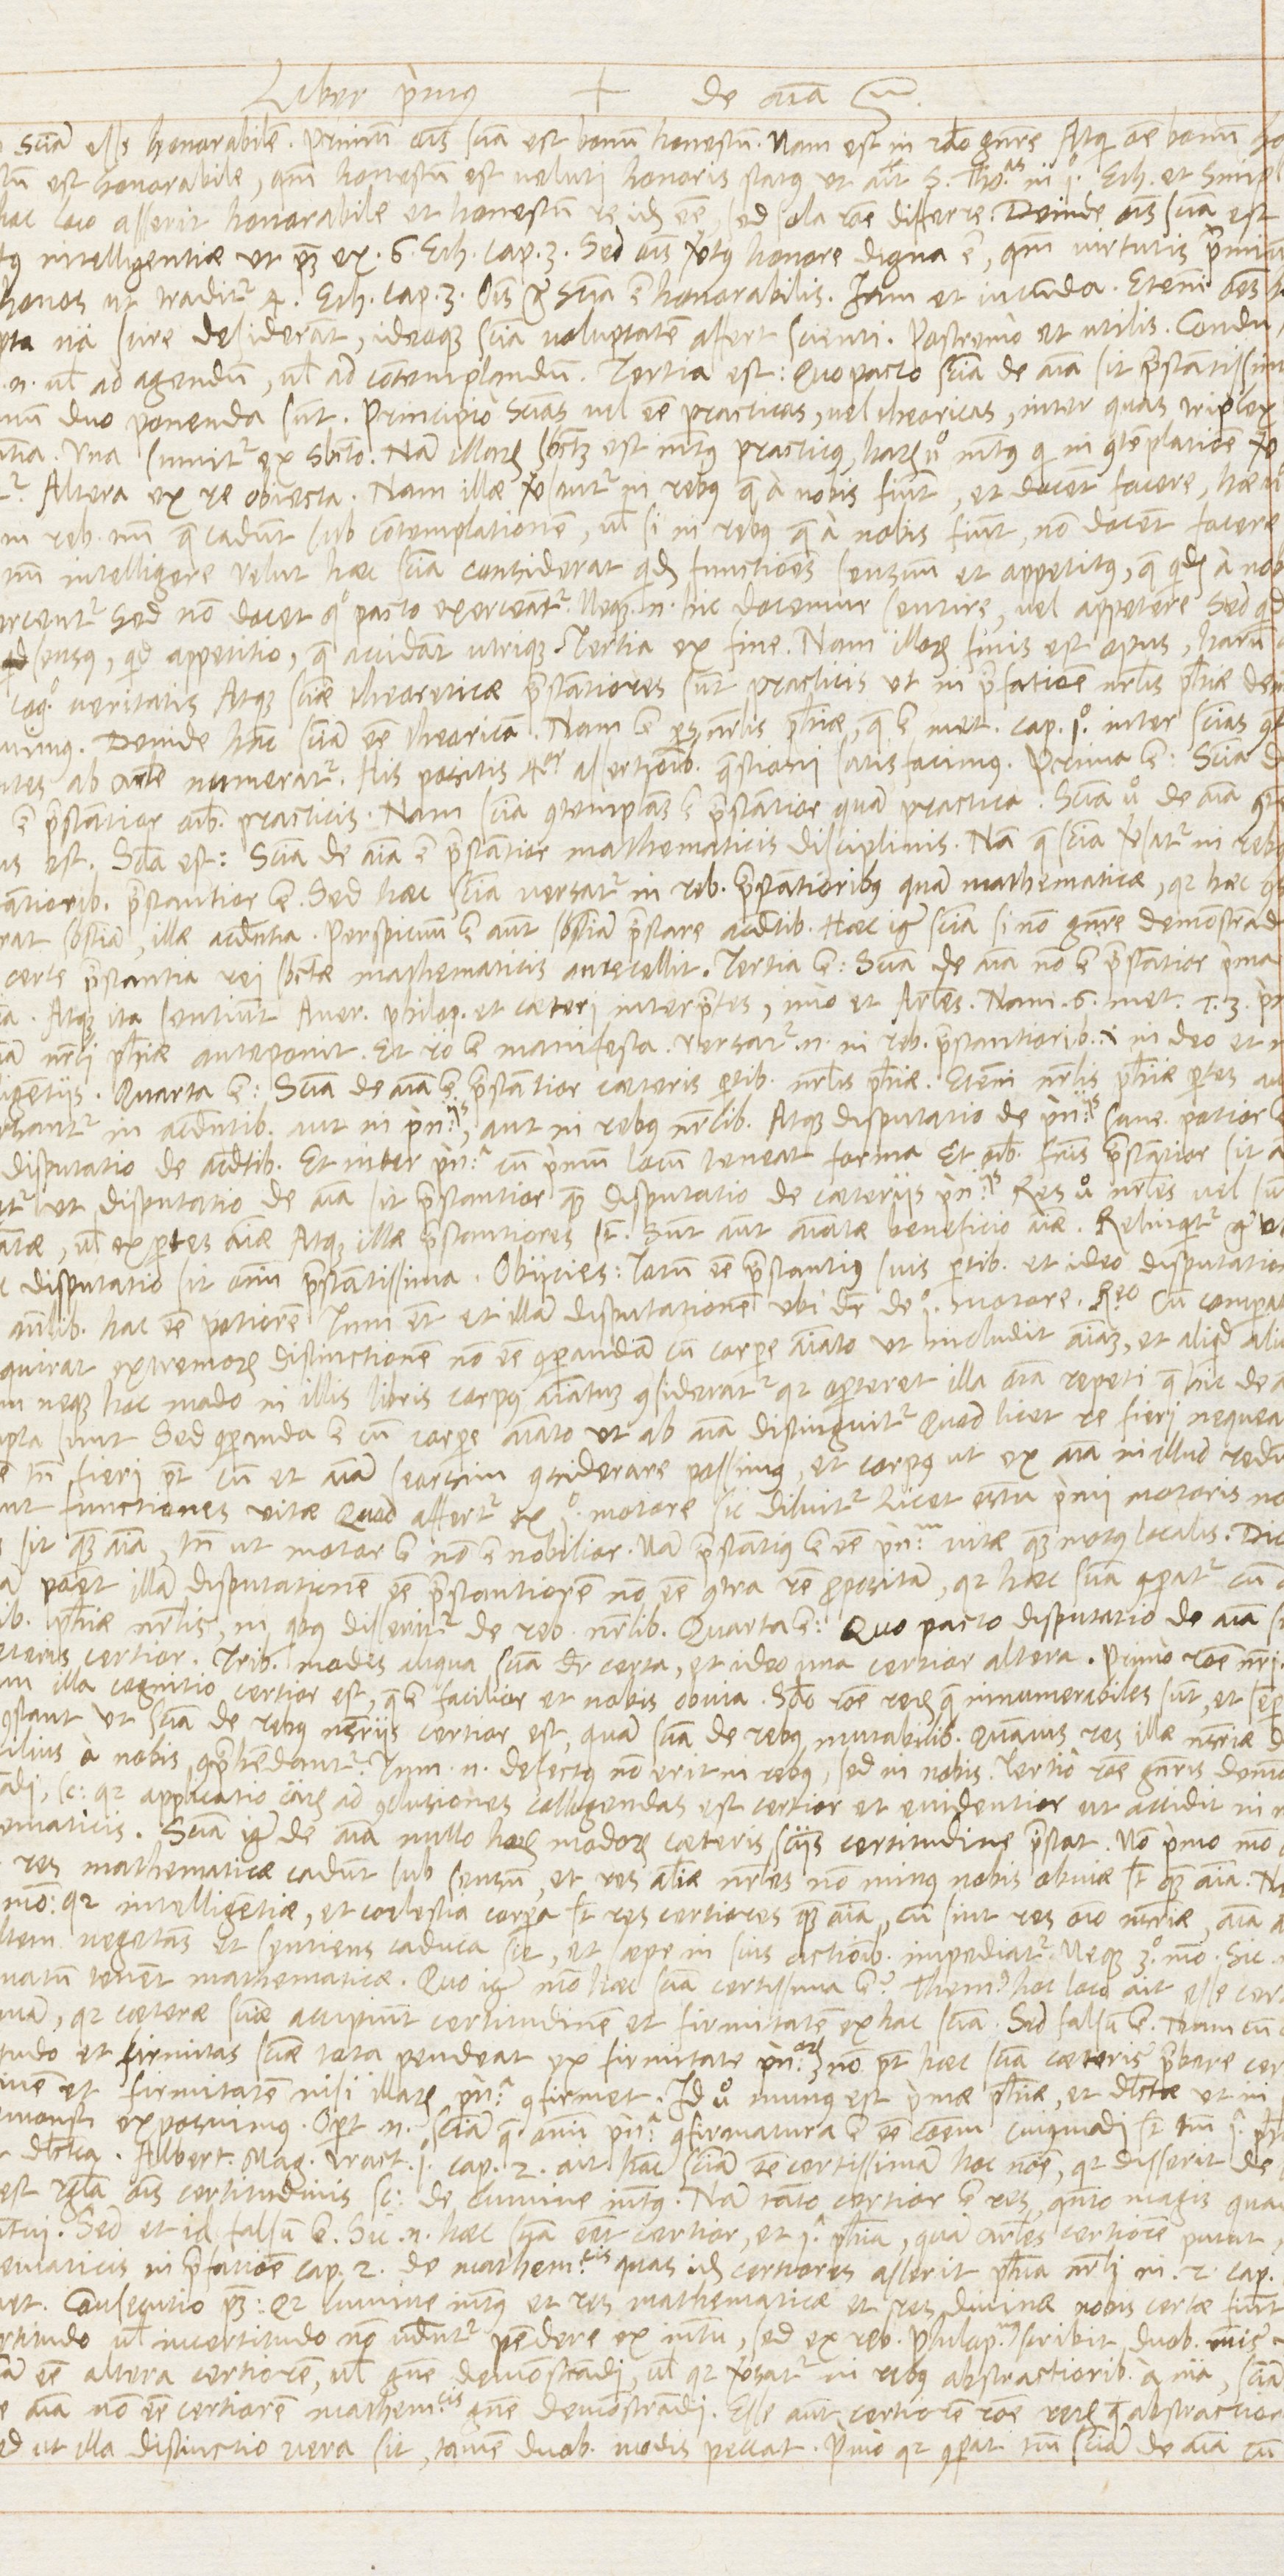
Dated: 1568–1569